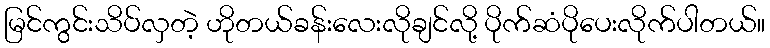
မြင်ကွင်းသိပ်လှတဲ့ ဟိုတယ်ခန်းလေးလိုချင်လို့ ပိုက်ဆံပိုပေးလိုက်ပါတယ်။